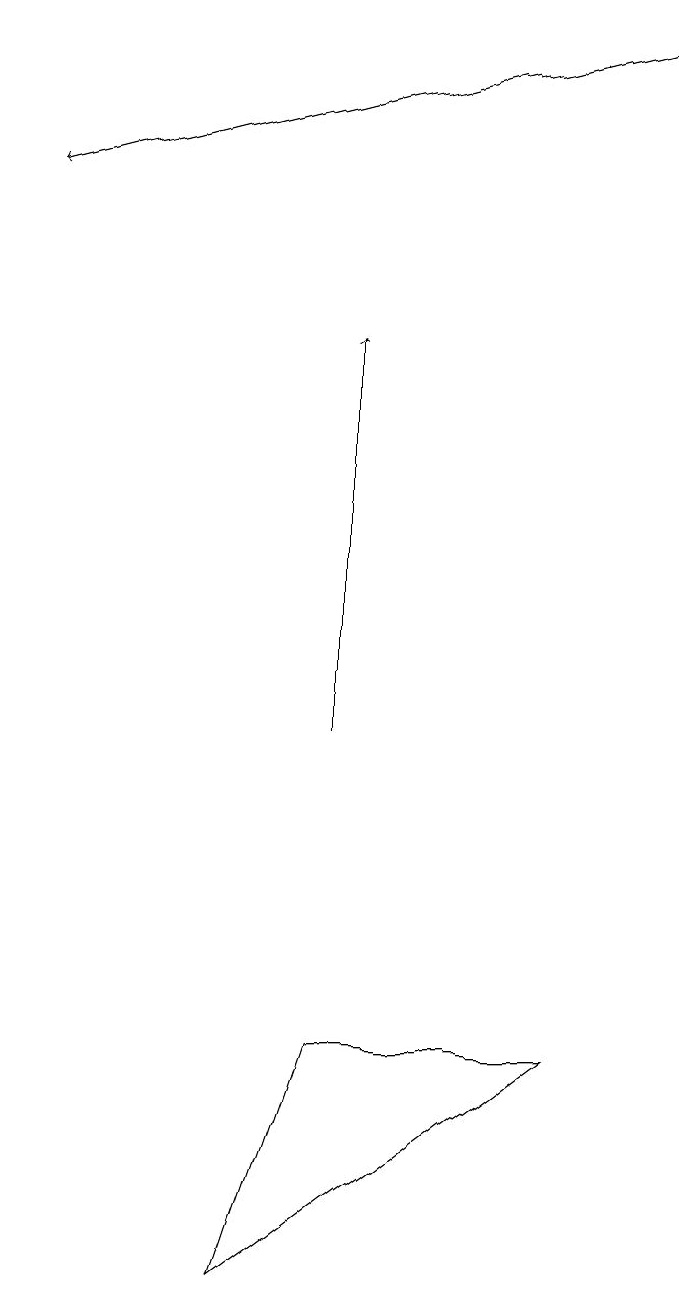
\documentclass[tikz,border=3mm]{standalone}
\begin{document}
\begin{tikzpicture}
\draw[->] (9,19) -- (1,17);
\draw (4,3) -- (8,6) -- (5,6) -- cycle;
\draw[->] (5,10) -- (5,15);
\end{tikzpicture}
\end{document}